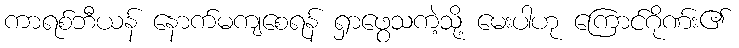
ကာရစ်ဘီယန် နောက်မကျစေရန် ရှာဖွေသကဲ့သို့ မေးပါဟု ကြောင်ဂိုဏ်း၏